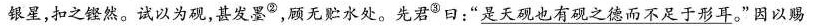
银星，扣之铿然。试以为砚，甚发墨^{②}，顾无贮水处。先君^{③}曰：”\underline{是天砚也有砚之德而不足于形耳}。”因以赐